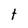
Character: t